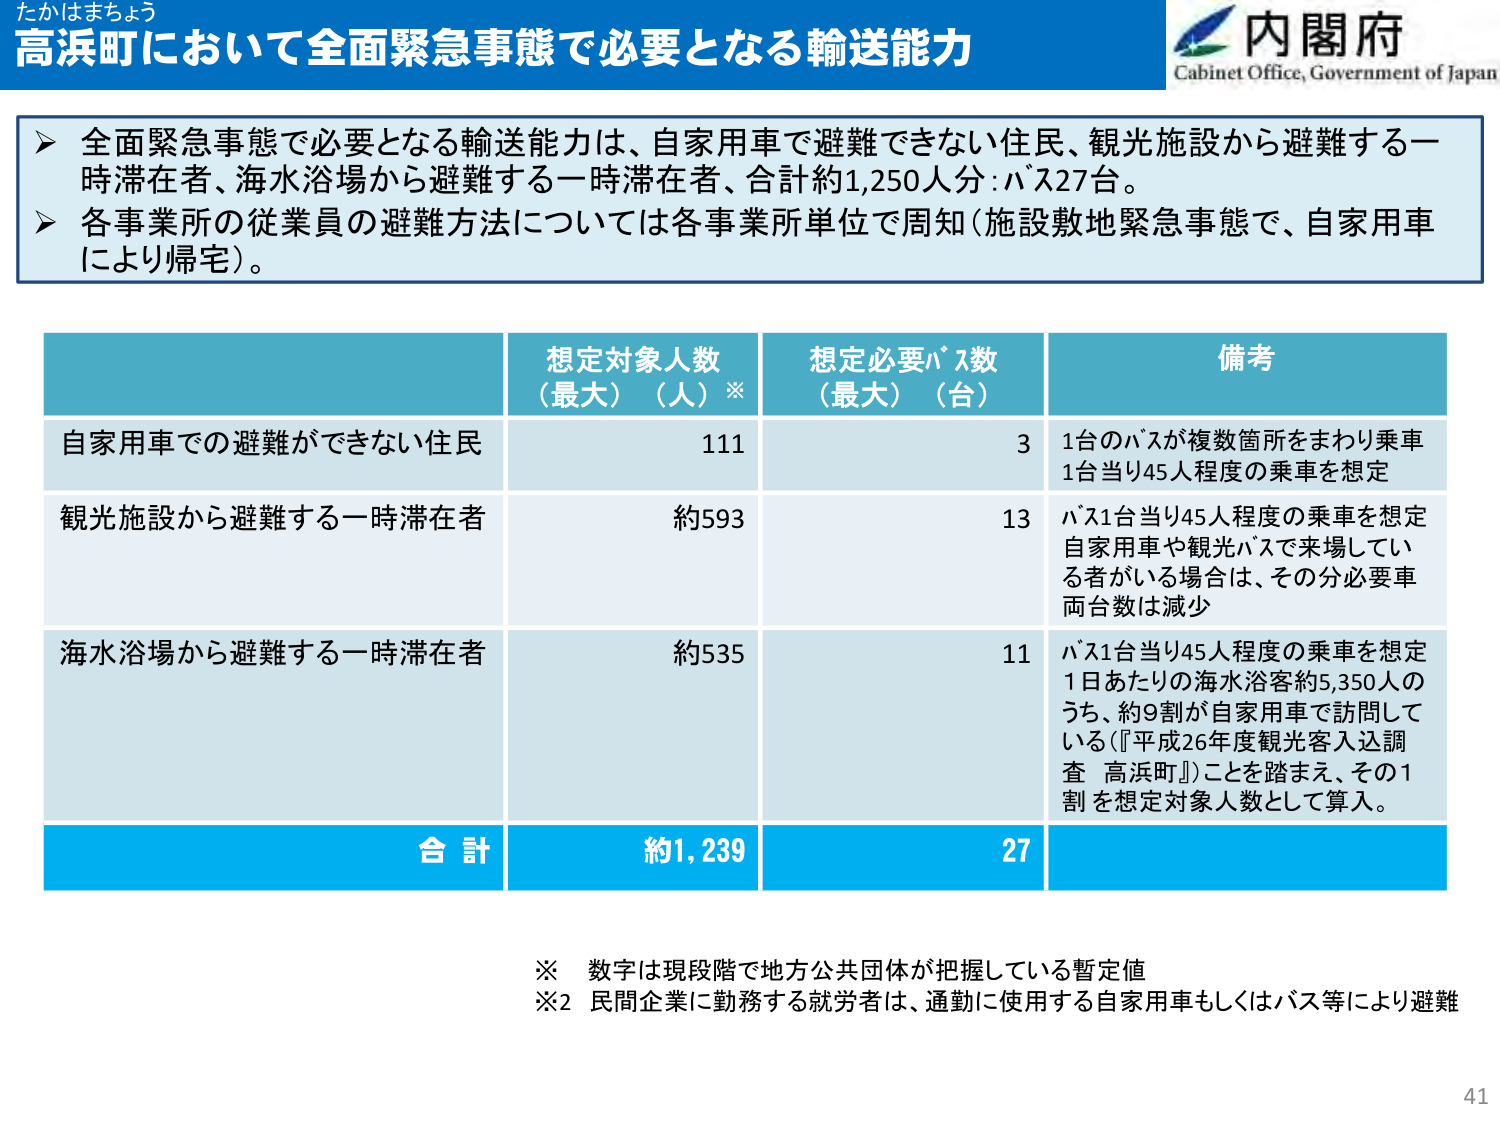
たかはまちょう
高浜町において全面緊急事態で必要となる輸送能力
内閣府
Cabinet Office, Government of Japan

▶ 全面緊急事態で必要となる輸送能力は、自家用車で避難できない住民、観光施設から避難する一時滞在者、海水浴場から避難する一時滞在者、合計約1,250人分：バス27台。
▶ 各事業所の従業員の避難方法については各事業所単位で周知（施設敷地緊急事態で、自家用車により帰宅）。

想定対象人数（最大）（人）※
想定必要バス数（最大）（台）
備考

自家用車での避難ができない住民
111
3
1台のバスが複数箇所をまわり乗車
1台当り45人程度の乗車を想定

観光施設から避難する一時滞在者
約593
13
バス1台当り45人程度の乗車を想定
自家用車や観光バスで来場している者がいる場合は、その分必要車両台数は減少

海水浴場から避難する一時滞在者
約535
11
バス1台当り45人程度の乗車を想定
1日あたりの海水浴客約5,350人のうち、約9割が自家用車で訪問している（『平成26年度観光客入込調査 高浜町』）ことを踏まえ、その1割を想定対象人数として算入。

合計
約1,239
27

※ 数字は現段階で地方公共団体が把握している暫定値
※2 民間企業に勤務する就労者は、通勤に使用する自家用車もしくはバス等により避難

41